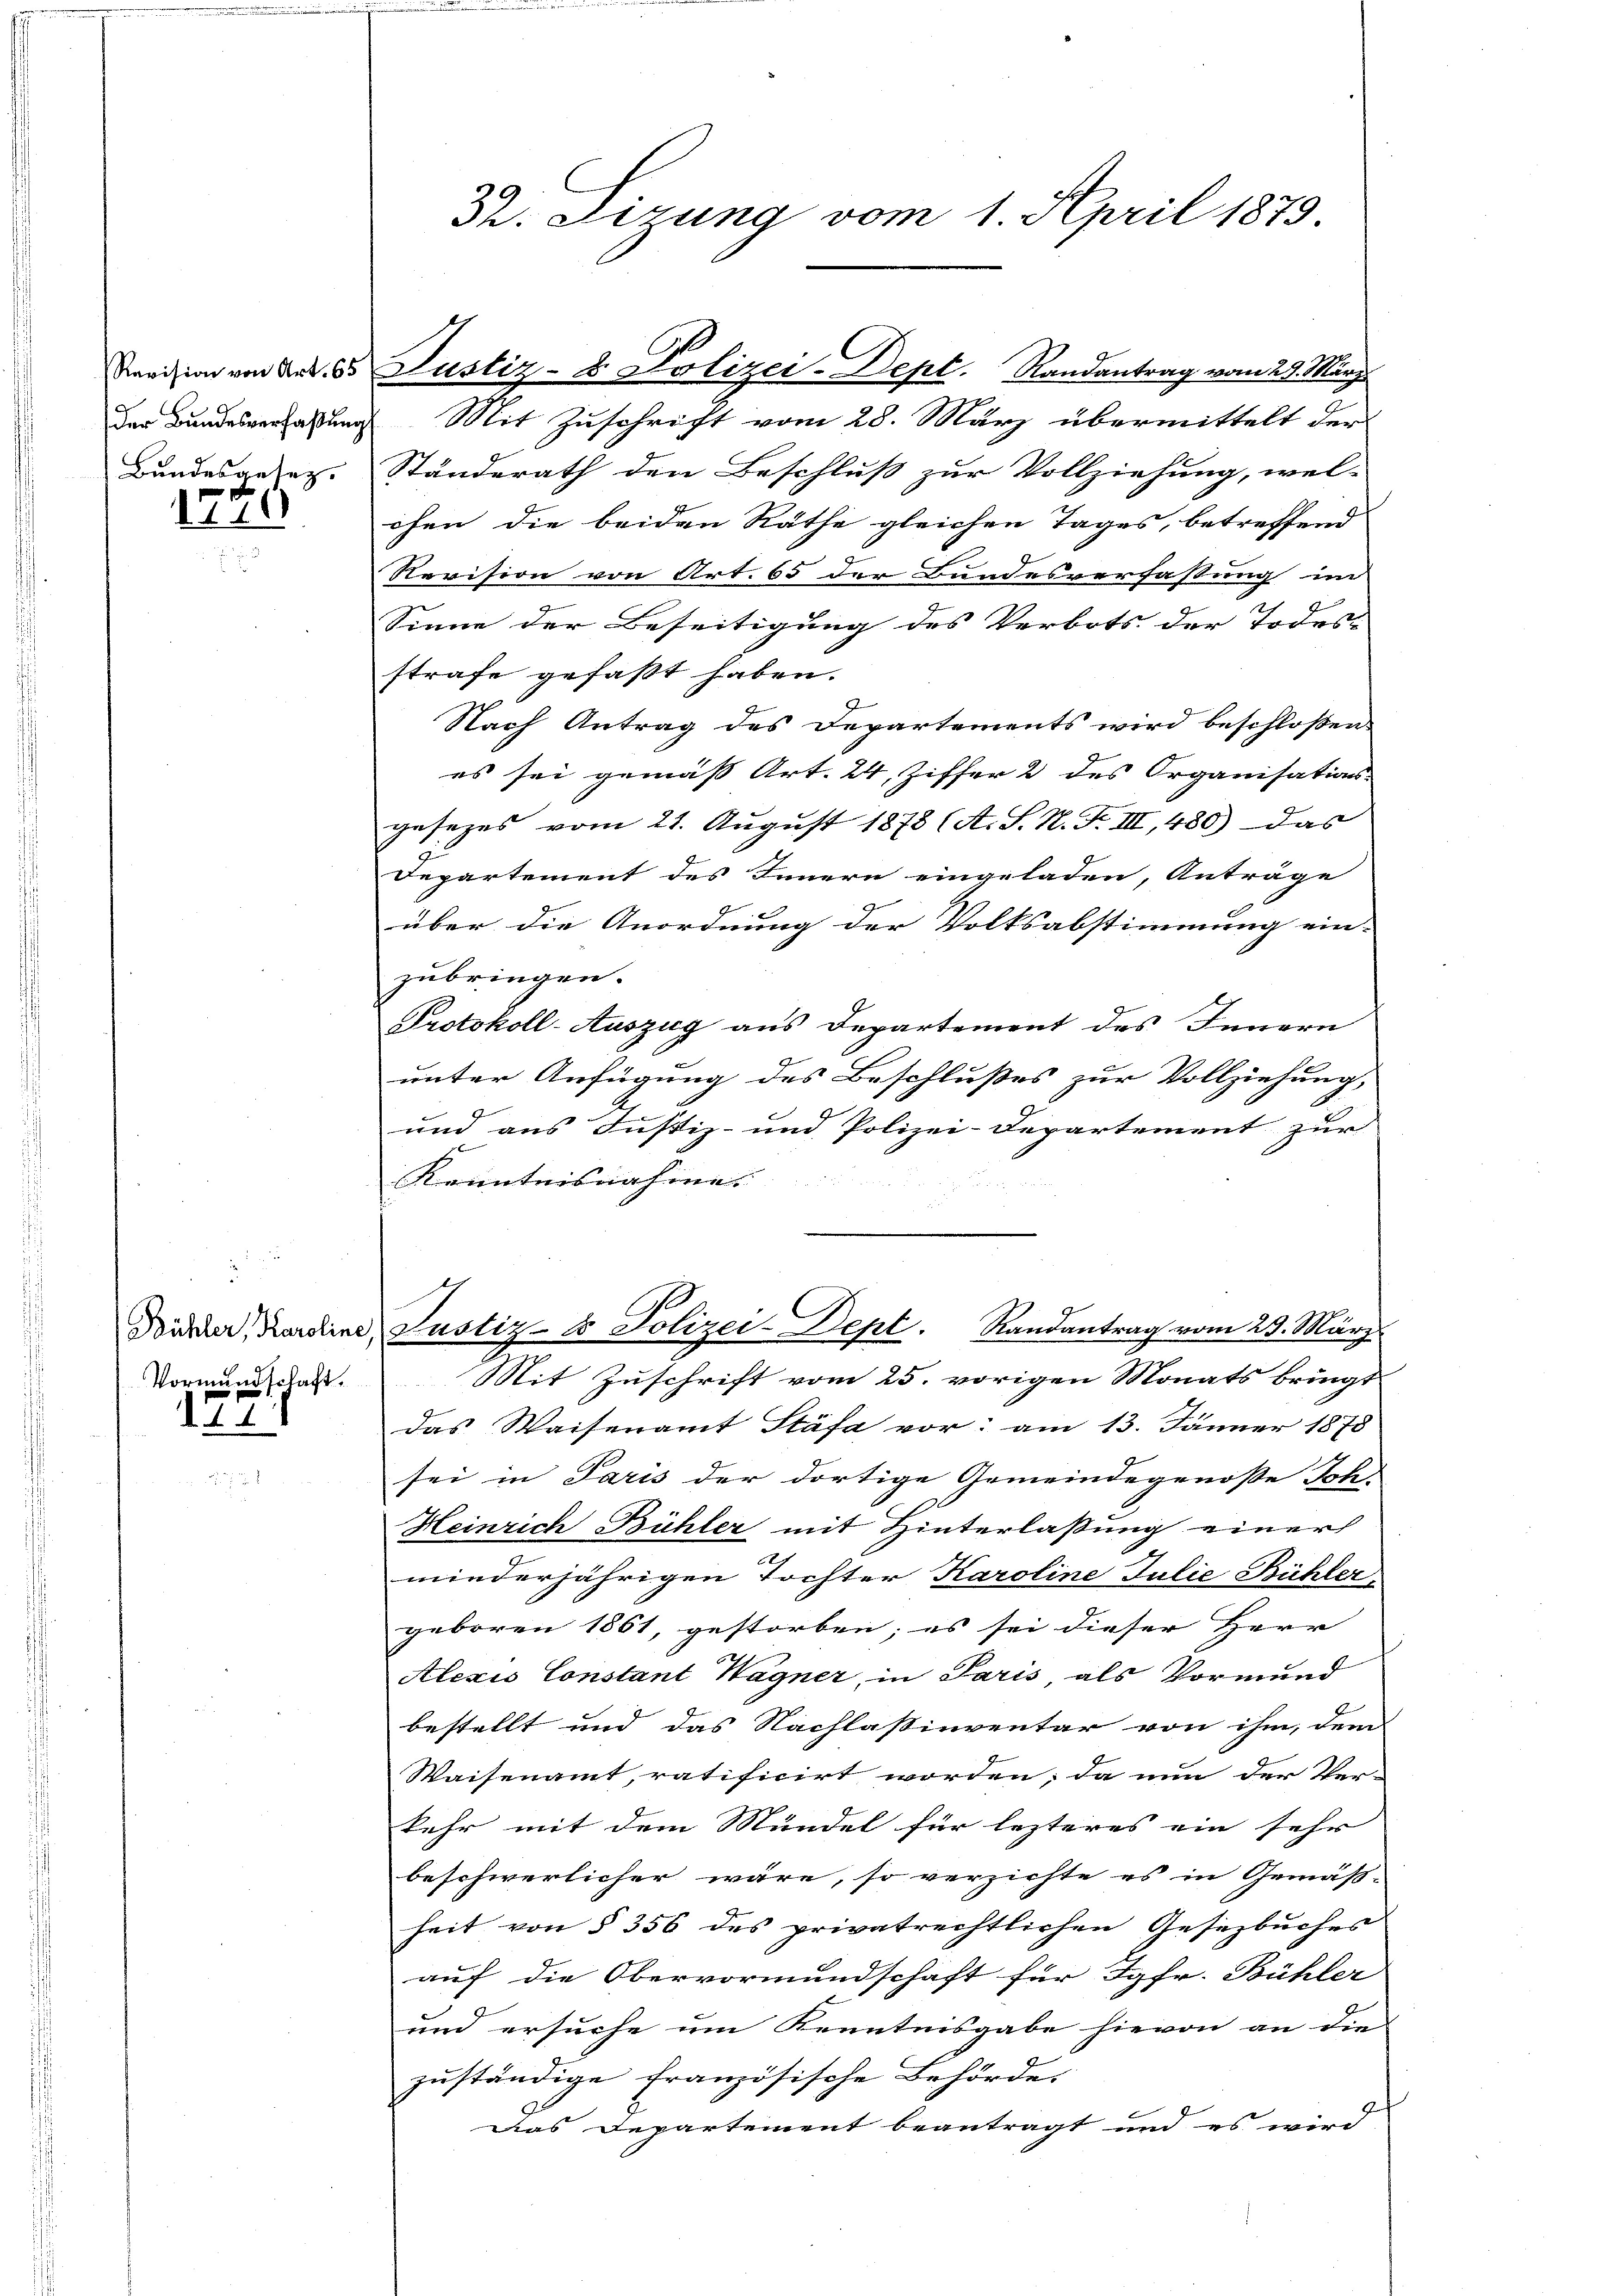
Der Bundesverfaßung

1

Bühler, Karoline,
Vormundschaft.

171

Mit Zuschrift vom 28. März übermittelt der
Bundesgesetz. Standerath den Beschluß zur Vollziehung, wel-
chen die beiden Räthe gleichen Tages, betreffend
Revision von Art. 65 der Bundesverfassung im
Sinne der Beseitigung des Verbots der Todes- |
strafe gefaßt haben.
Nach Antrag des Departements wird beschlossen:
es sei gemäß Art. 24, Ziffer 2 des Organisations-
gesezes vom 21. August 1878 (A. S. N. F. III, 480) das
Departement des Innern eingeladen, Anträge
über die Anordnung der Volksabstimmung ein-
zubringen.
Protokoll-Auszug aus Departement des Innern
unter Anfügung des Beschlusses zur Vollziehung, |
und aus Justiz- und Polizei-Departement zur
Kenntnisnahme.
Justiz- & Polizei-Dept. Randantrag vom 23. März.
Mit Zuschrift vom 25. vorigen Monats bringt
das Waisenamt Stäfa vor: am 13. Jänner 1878
sei in Paris der dortige Gemeindegenoße Joh.
Heinrich Bühler mit Hinterlaßung einer
minderjährigen Tochter Karoline Julie Bühler-
geboren 1861, gestorben; es sei dieser Herr
Alexis Constant Wagner, in Paris als Vormund
bestellt und das Nachlaßinventar von ihm, dem
Waisenamt, ratificirt worden; da nun der Ver-
kehr mit dem Mündel für lezteres ein sehr |
beschwerlicher wäre, so verzichte es in Gemäss- |
heit von § 356 des privatrechtlichen Gesetzbuches
auf die Obervormundschaft für Jgfr. Bühler
und ersuche um Kenntnisgabe hievon an die
zuständige französische Behörde
Das Departement beantragt und es wird

3. Sirung vom 1. April 1879

Revision von Art. 65 Justiz- & Polizei-Dept. Randantrag vom 29. März